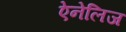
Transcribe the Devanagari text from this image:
ऐनेलिज